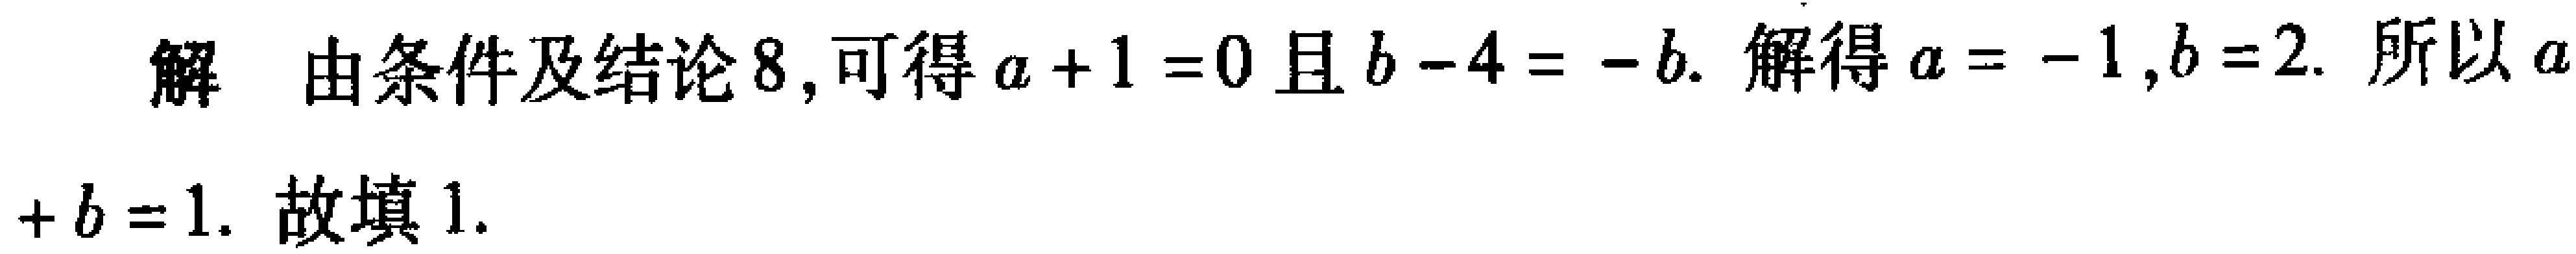
解 由条件及结论8, 可得\(a + 1 = 0\)且\(b - 4 = -b\). 解得\(a = -1,b = 2\). 所以\(a + b = 1\). 故填1.